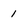
Character: 1